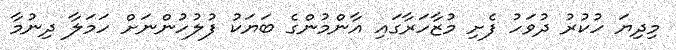
މިދިޔަ ހުކުރު ދުވަހު ފެށި މުޒާހަރާގައި އާންމުންގެ ބަޔަކު ފުލުހުންނަށް ހަމަލާ ދިނުމާ